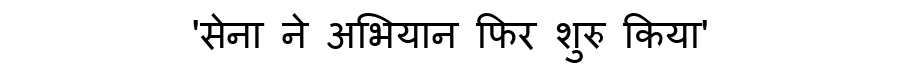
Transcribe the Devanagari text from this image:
'सेना ने अभियान फिर शुरु किया'